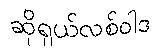
ဆိုရှယ်လစ်ဝါဒ